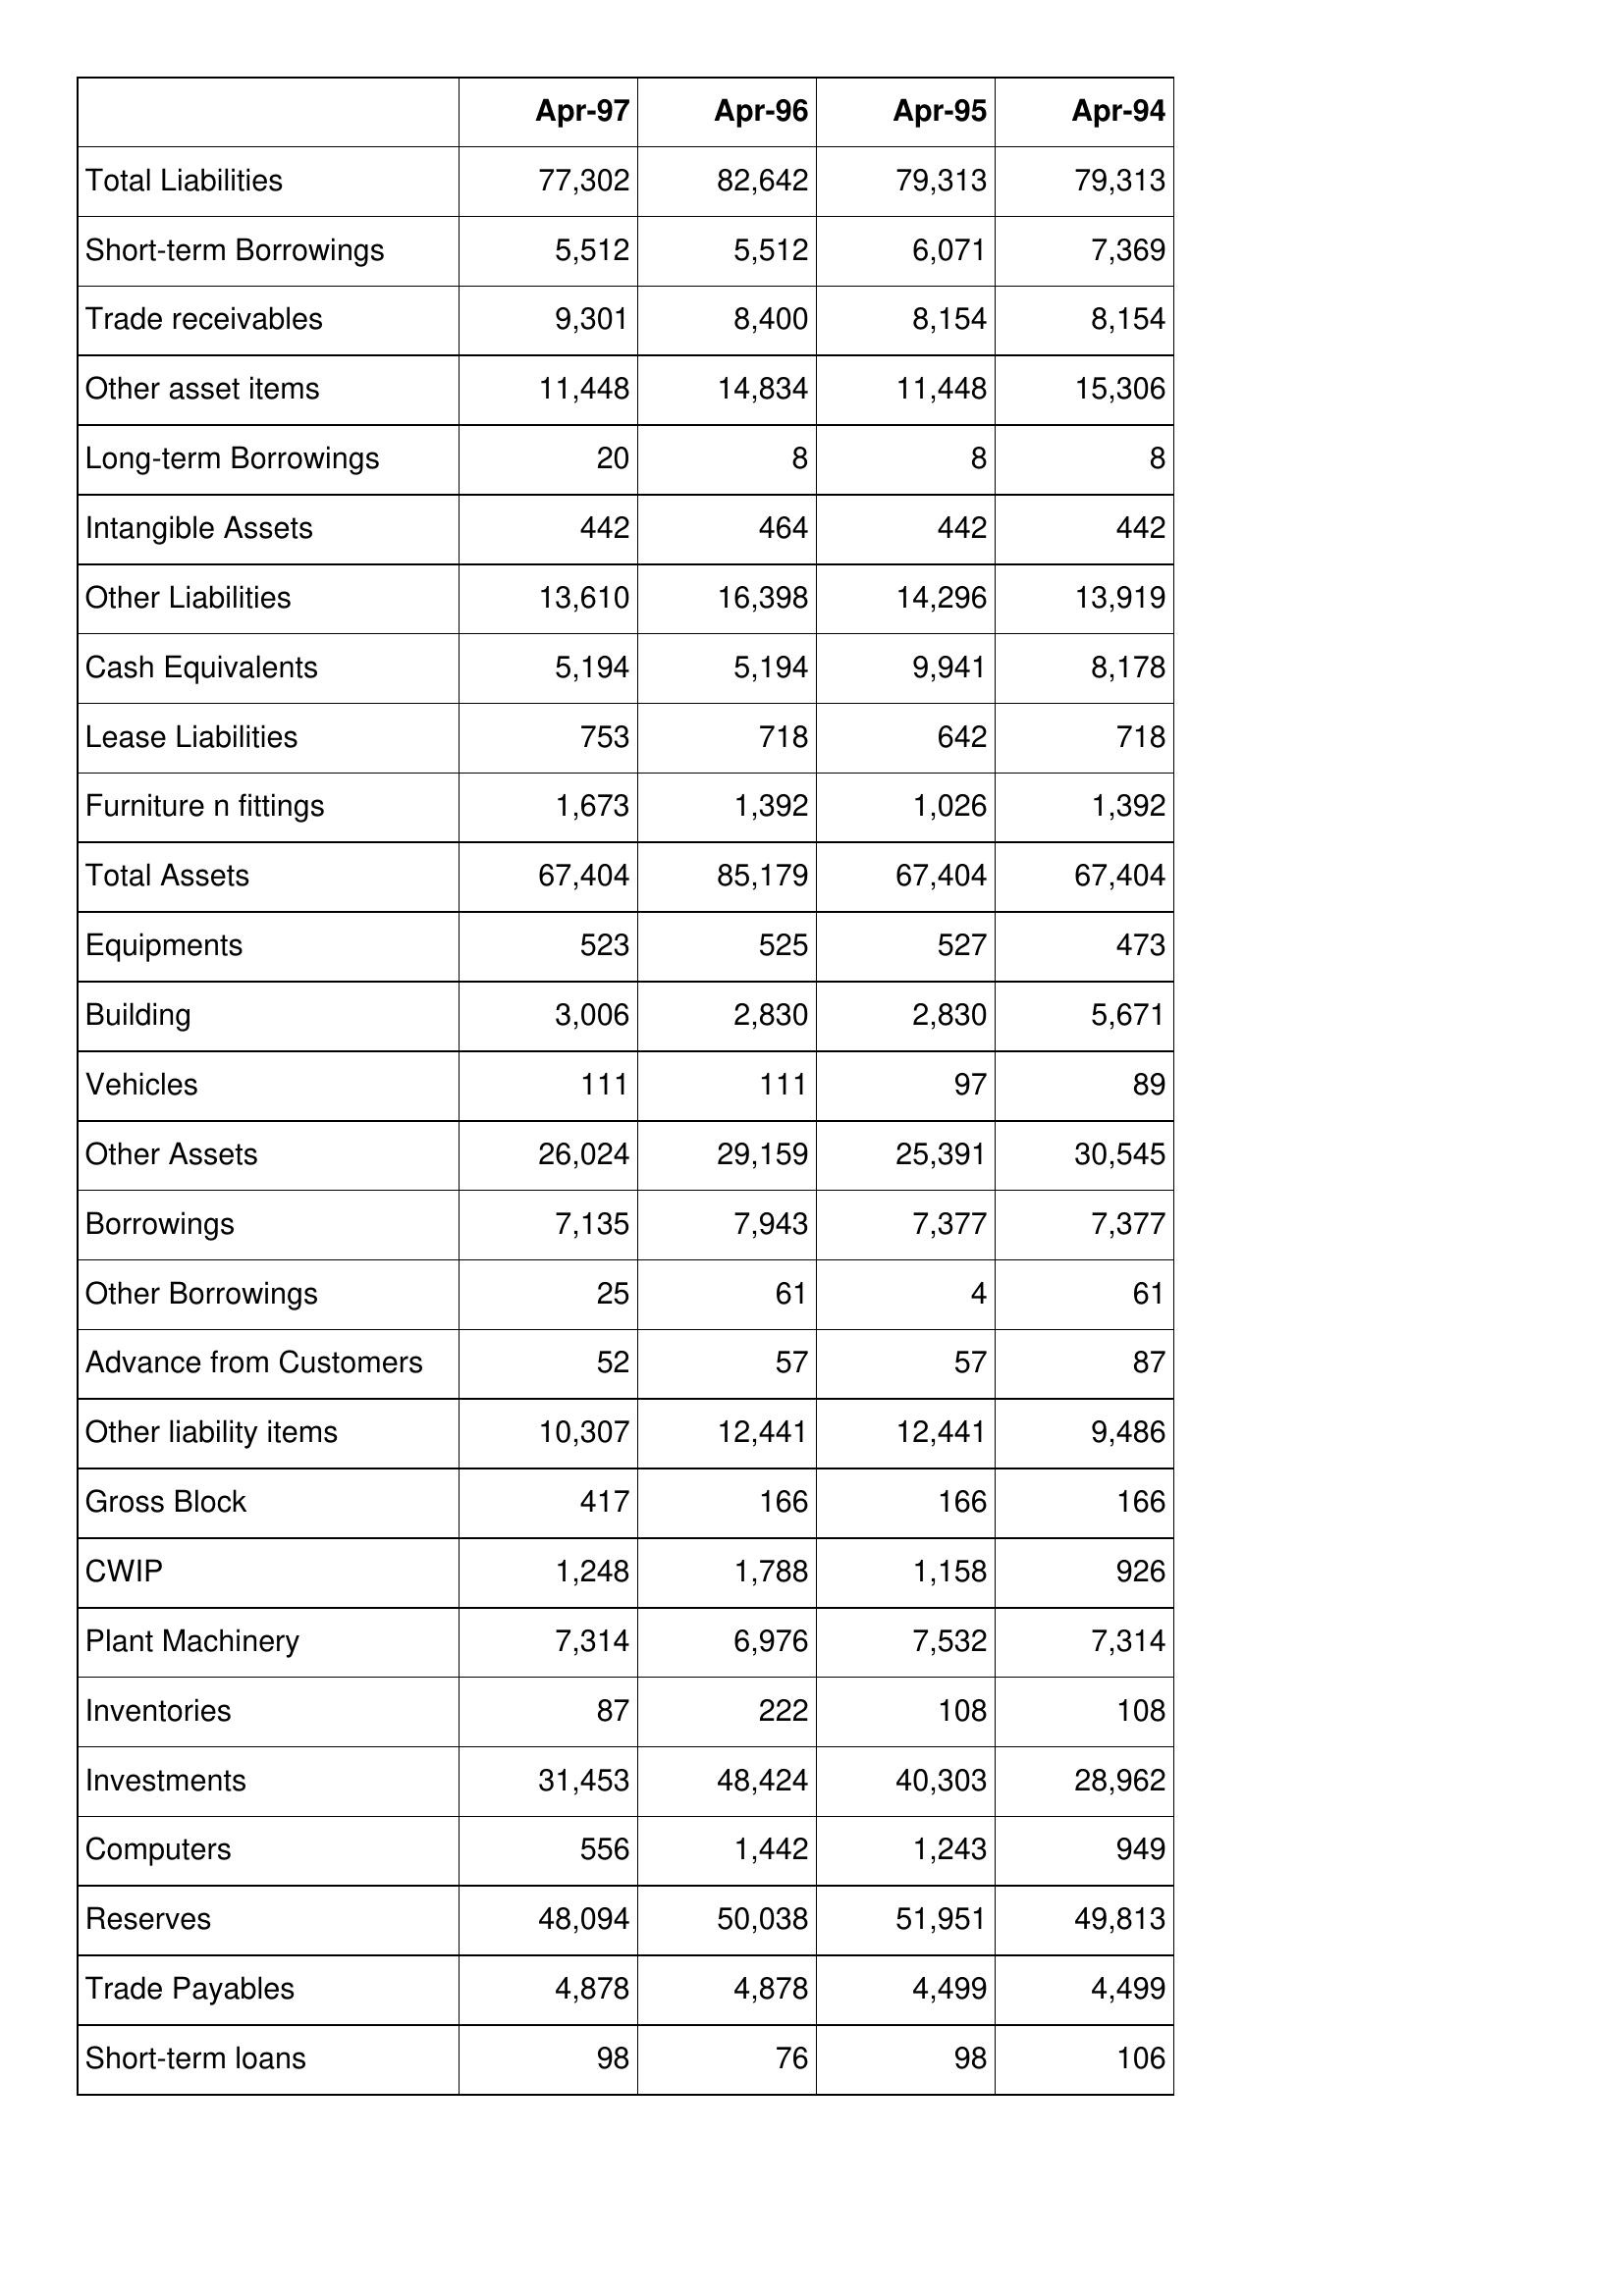
Apr-97: Balance Sheet: Total Liabilities: 77,302
Short-term Borrowings: 5,512
Trade receivables: 9,301
Other asset items: 11,448
Long-term Borrowings: 20
Intangible Assets: 442
Other Liabilities: 13,610
Cash Equivalents: 5,194
Lease Liabilities: 753
Furniture n fittings: 1,673
Total Assets: 67,404
Equipments: 523
Building: 3,006
Vehicles: 111
Other Assets: 26,024
Borrowings: 7,135
Other Borrowings: 25
Advance from Customers: 52
Other liability items: 10,307
Gross Block: 417
CWIP: 1,248
Plant Machinery: 7,314
Inventories: 87
Investments: 31,453
Computers: 556
Reserves: 48,094
Trade Payables: 4,878
Short-term loans: 98
Apr-96: Balance Sheet: Total Liabilities: 82,642
Short-term Borrowings: 5,512
Trade receivables: 8,400
Other asset items: 14,834
Long-term Borrowings: 8
Intangible Assets: 464
Other Liabilities: 16,398
Cash Equivalents: 5,194
Lease Liabilities: 718
Furniture n fittings: 1,392
Total Assets: 85,179
Equipments: 525
Building: 2,830
Vehicles: 111
Other Assets: 29,159
Borrowings: 7,943
Other Borrowings: 61
Advance from Customers: 57
Other liability items: 12,441
Gross Block: 166
CWIP: 1,788
Plant Machinery: 6,976
Inventories: 222
Investments: 48,424
Computers: 1,442
Reserves: 50,038
Trade Payables: 4,878
Short-term loans: 76
Apr-95: Balance Sheet: Total Liabilities: 79,313
Short-term Borrowings: 6,071
Trade receivables: 8,154
Other asset items: 11,448
Long-term Borrowings: 8
Intangible Assets: 442
Other Liabilities: 14,296
Cash Equivalents: 9,941
Lease Liabilities: 642
Furniture n fittings: 1,026
Total Assets: 67,404
Equipments: 527
Building: 2,830
Vehicles: 97
Other Assets: 25,391
Borrowings: 7,377
Other Borrowings: 4
Advance from Customers: 57
Other liability items: 12,441
Gross Block: 166
CWIP: 1,158
Plant Machinery: 7,532
Inventories: 108
Investments: 40,303
Computers: 1,243
Reserves: 51,951
Trade Payables: 4,499
Short-term loans: 98
Apr-94: Balance Sheet: Total Liabilities: 79,313
Short-term Borrowings: 7,369
Trade receivables: 8,154
Other asset items: 15,306
Long-term Borrowings: 8
Intangible Assets: 442
Other Liabilities: 13,919
Cash Equivalents: 8,178
Lease Liabilities: 718
Furniture n fittings: 1,392
Total Assets: 67,404
Equipments: 473
Building: 5,671
Vehicles: 89
Other Assets: 30,545
Borrowings: 7,377
Other Borrowings: 61
Advance from Customers: 87
Other liability items: 9,486
Gross Block: 166
CWIP: 926
Plant Machinery: 7,314
Inventories: 108
Investments: 28,962
Computers: 949
Reserves: 49,813
Trade Payables: 4,499
Short-term loans: 106